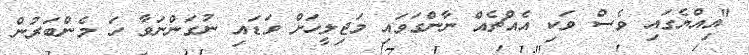
"އިއްޔެގައި ވެސް ވަކި އެއްޗެއް ނާންގަވައި މަޖިލީހަށް ވަޑައި ނުގަންނަވާ ހަ މެންބަރުން